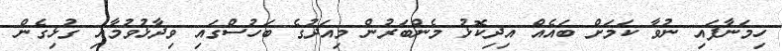
ހިމަނާފައި ނުވާ ކަމަށް ބައެއް އިދިކޮޅު މެންބަރުން މިއަދުގެ ބަހުސްގައި ވިދާޅުވުމާއި ގުޅިގެން